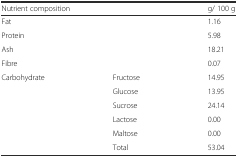
| <COLSPAN=2> Nutrient composition | g/ 100 g |
 | --- | --- | --- |
 | <COLSPAN=2> Fat | 1.16 |
 | <COLSPAN=2> Protein | 5.98 |
 | <COLSPAN=2> Ash | 18.21 |
 | <COLSPAN=2> Fibre | 0.07 |
 | <ROWSPAN=6> Carbohydrate | Fructose | 14.95 |
 | Glucose | 13.95 |
 | Sucrose | 24.14 |
 | Lactose | 0.00 |
 | Maltose | 0.00 |
 | Total | 53.04 |